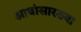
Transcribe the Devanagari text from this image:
आबांसारख्या